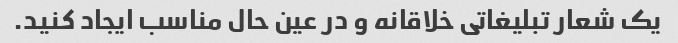
یک شعار تبلیغاتی خلاقانه و در عین حال مناسب ایجاد کنید.